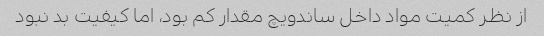
از نظر کمیت مواد داخل ساندویچ مقدار کم بود، اما کیفیت بد نبود